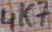
Text: 4K7